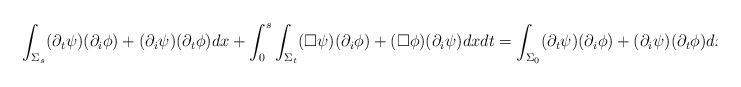
LaTeX: \begin{align*} \begin{aligned} \int_{\Sigma_s} (\partial_t \psi) (\partial_i \phi) + (\partial_i \psi) (\partial_t \phi) d x + \int_0^s \int_{\Sigma_t} (\Box \psi) (\partial_i \phi) + (\Box \phi) (\partial_i \psi) d x d t = \int_{\Sigma_0} (\partial_t \psi) (\partial_i \phi) + (\partial_i \psi) (\partial_t \phi) d x. \end{aligned} \end{align*}